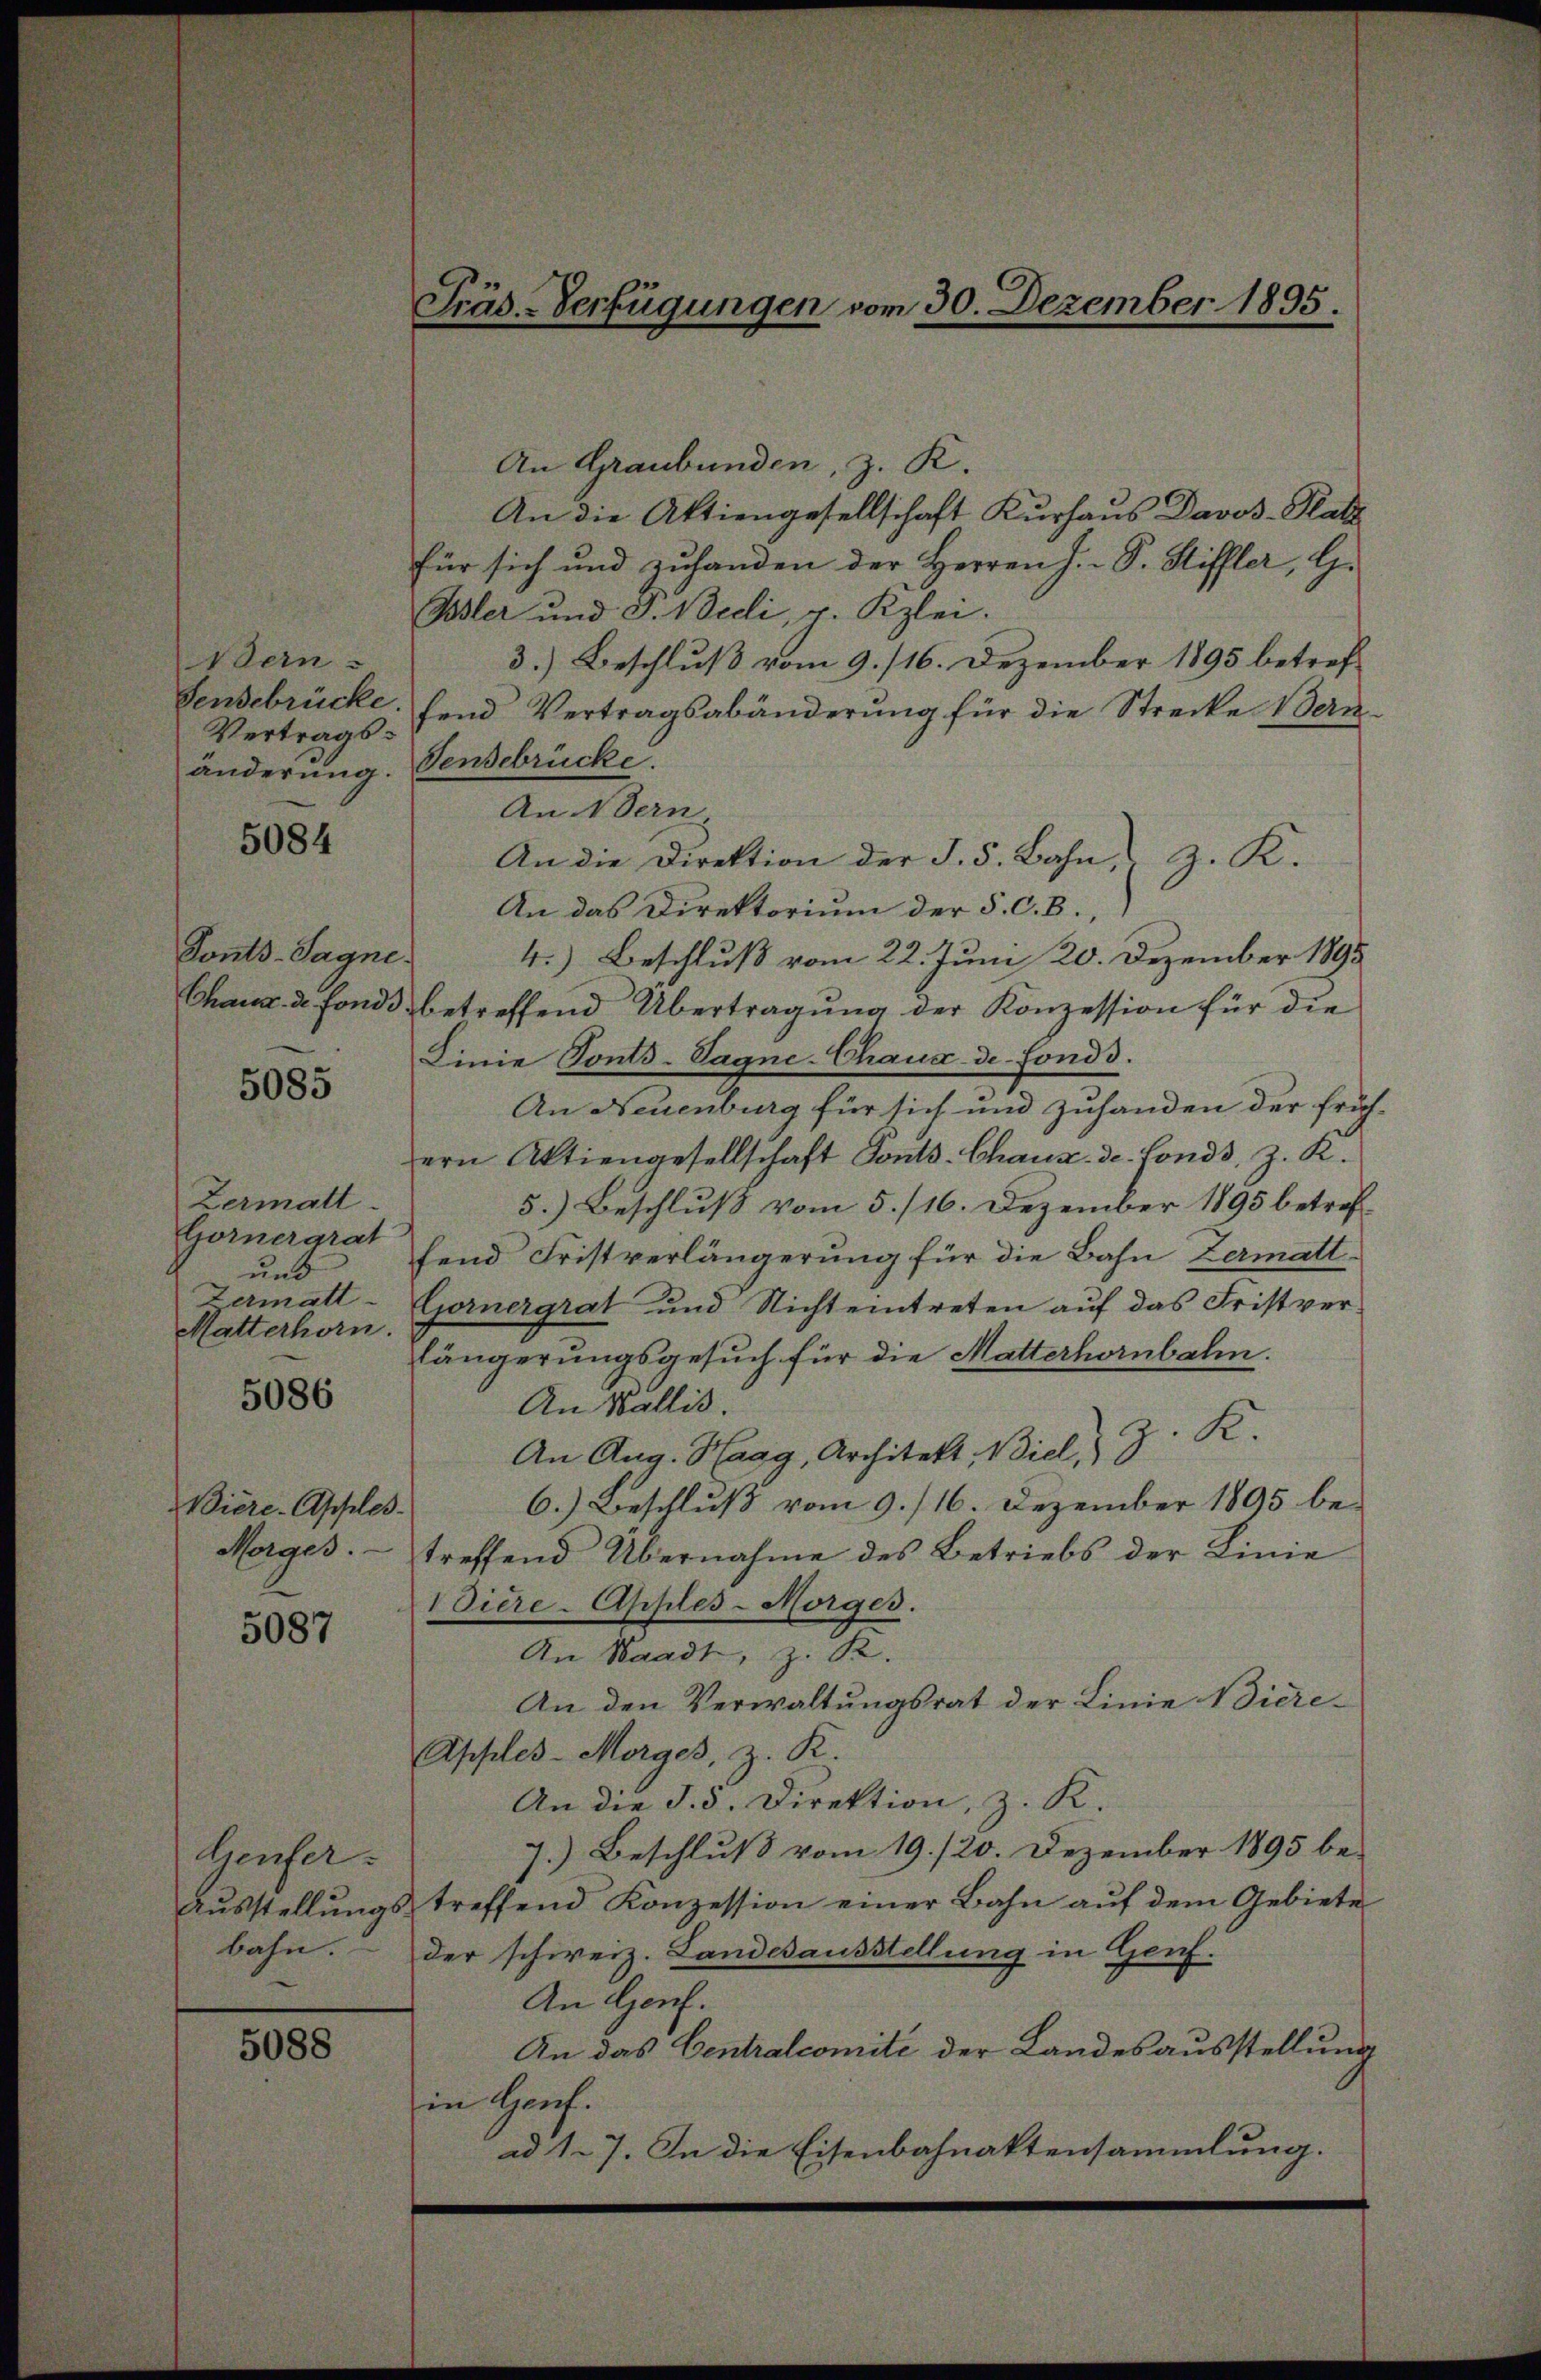
Wern
Vertragsänderung.

5084

Tonts-Sagne.

5085

Zermatt.
Gorner arat
und
Zermatt
Mutterhorn.
5086

Biere-Apples
Morges.

5087

lienfer-
Ausstellung
bahn.

5088

Präs.-Verfügungen vom 30. Dezember 1895.

An Graubünden, z. K.
An die Aktiengesellschaft Kurhaus Davos-Platz
für sich und zuhanden der Herren J. S. Stiffler, G.
Bsler und F. Bedi, v. Kzlei.
3.) Beschluß vom 9. 116. Dezember 1895 betref-
Sensebrücke. Hend Vertragsabänderung für die Strecke Bern
Fendebrücke.
An Vern
An die Direktion der J. 5. Bahn, z. K.
An das Direktorium der §. C. B
4.) Beschluß vom 22. Juni 20. Dezember 1895
Chaux de fonds betreffend Übertragung der Konzession für die
Linie Tonts-Vagne-Chaux-de-Fonds.
An Neuenburg für sich und zuhanden der früh-
ern Aktiengesellschaft Ponts-Chaux-de-Fonds, z. K.
5.) Beschluß vom 5. /16. Dezember 1895 betrefffend Fristverlängerung für die Bahn Zermatt¬
Gornergrat und Nichteintreten auf das Fristverlängerungsgesuch für die Matterhornbahn.
An Wallis.
An Aug. Haag, Architekt Biel, z. K
6.) Beschluß vom 9. /16. Dezember 1895 be¬
1.
treffend Übernahme des Betriebs der Linie
diere-Apples-Morges.
An Waadt, z. R.
An den Verwaltungsrat der Linie Biere¬
Apples-Morges, z. R.
An die S. 5. Direktion, z. K.
7.) Beschluß vom 19. /20. Dezember 1895 be-
& treffend Konzession einer Bahn auf dem Gebiete
der schweiz. Landesausstellung in Genf.
An Genf.
An das Centralcomité der Landesausstellung
in Hauf.
ad 17. In die Eisenbahnaktensammlung.